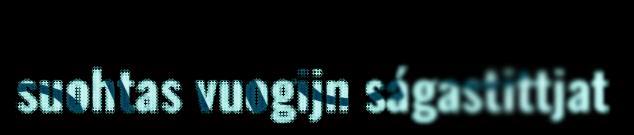
suohtas vuogijn ságastittjat